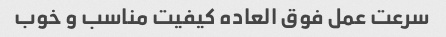
سرعت عمل فوق العاده کیفیت مناسب و خوب